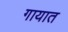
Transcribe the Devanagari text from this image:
गायात